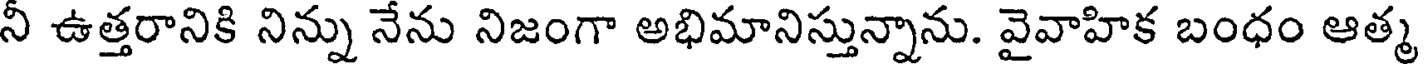
నీ ఉత్తరానికి నిన్ను నేను నిజంగా అభిమానిస్తున్నాను. వైవాహిక బంధం ఆత్మ